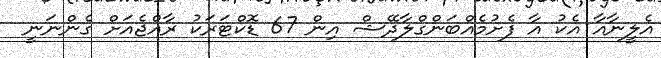
އެލީނާއާ އެކު އާ ފެށުމެއްބަންގްލާދޭޝް އިން 67 ޑޮކްޓަރަކު ރާއްޖެއަށް ގެންނަނީ